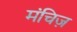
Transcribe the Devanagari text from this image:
मंचिज़